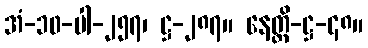
အံ-၁၀-ပါ-၂၅၇၊ ဋ္ဌ-၂၈၇။ နေတ္တိ-ဋ္ဌ-၄၈။